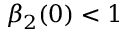
\beta _ { 2 } ( 0 ) < 1